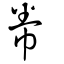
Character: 帣